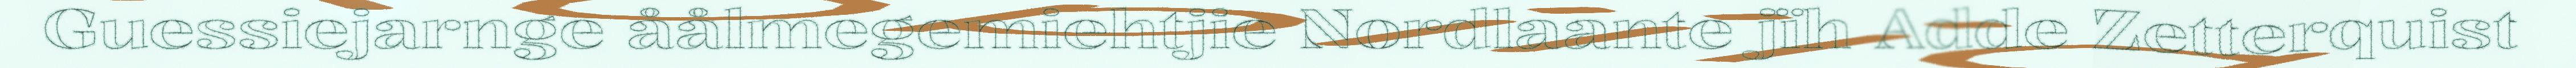
Guessiejarnge åålmegemiehtjie Nordlaante jïh Adde Zetterquist